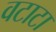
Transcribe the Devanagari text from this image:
वटाटा